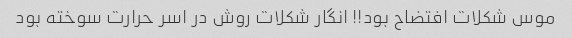
موس شکلات افتضاح بود!! انگار شکلات روش در اسر حرارت سوخته بود